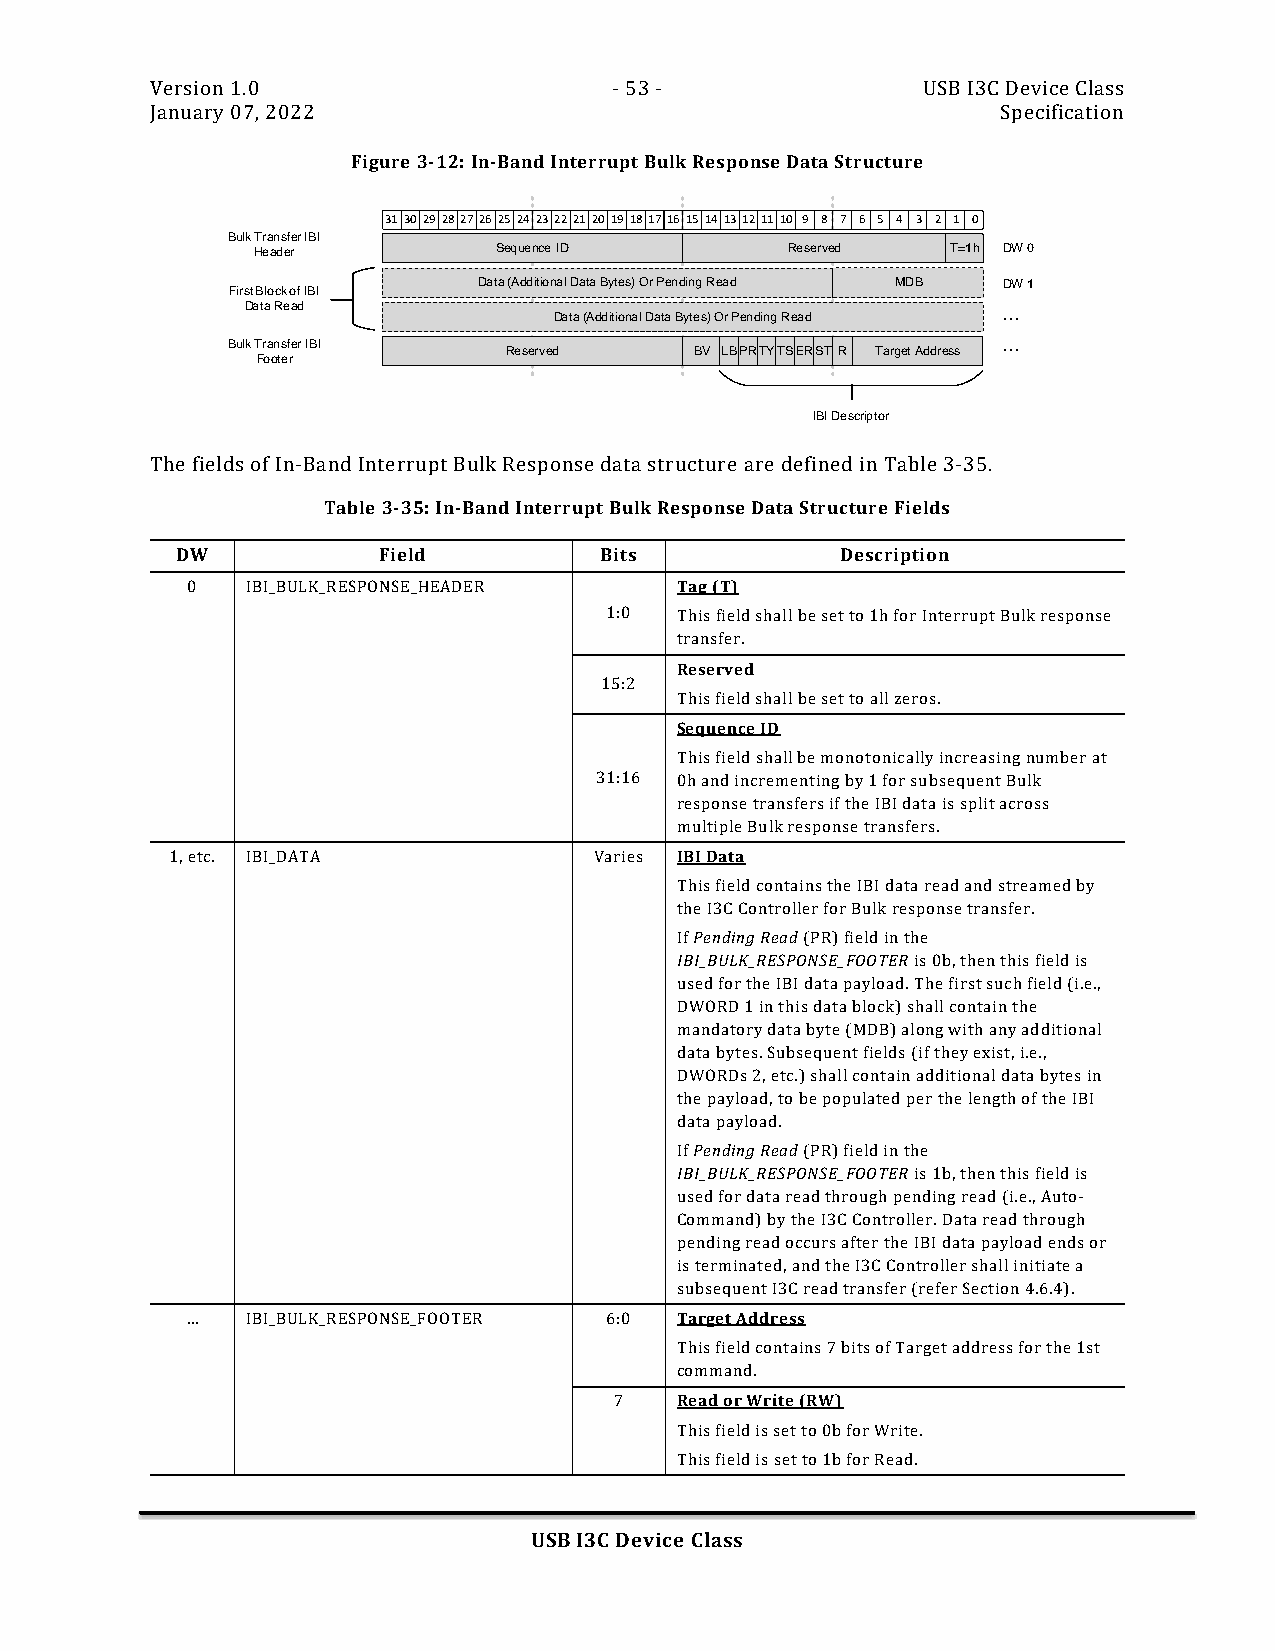
Version 1.0                    - 53 -              USB I3C Device Class
 January 07, 2022                                        Specification
 Figure 3-12: In-Band Interrupt Bulk Response Data Structure
 31302928272625242322212019181716151413121110 9 8 7 6 5 4 3 2 1 0
 Bulk Transfer IBI
 Header          Sequence ID        Reserved   T=1h DW 0
 Data (Additional Data Bytes) Or Pending Read MDB DW 1
 First Block of IBI
 Data Read                                         ...
 Data (Additional Data Bytes) Or Pending Read
 Bulk Transfer IBI                                  ...
 Reserved     BV LBPRTYTSERST R Target Address
 Footer
 IBI Descriptor
 The fields of In-Band Interrupt Bulk Response data structure are defined in Table 3-35.
 Table 3-35: In-Band Interrupt Bulk Response Data Structure Fields
 DW           Field          Bits            Description
 0   IBI_BULK_RESPONSE_HEADER     Tag (T)
 1:0  This field shall be set to 1h for Interrupt Bulk response
 transfer.
 Reserved
 15:2
 This field shall be set to all zeros.
 Sequence ID
 This field shall be monotonically increasing number at
 31:16 0h and incrementing by 1 for subsequent Bulk
 response transfers if the IBI data is split across
 multiple Bulk response transfers.
 1, etc. IBI_DATA            Varies IBI Data
 This field contains the IBI data read and streamed by
 the I3C Controller for Bulk response transfer.
 If Pending Read (PR) field in the
 IBI_BULK_RESPONSE_FOOTER is 0b, then this field is
 used for the IBI data payload. The first such field (i.e.,
 DWORD 1 in this data block) shall contain the
 mandatory data byte (MDB) along with any additional
 data bytes. Subsequent fields (if they exist, i.e.,
 DWORDs 2, etc.) shall contain additional data bytes in
 the payload, to be populated per the length of the IBI
 data payload.
 If Pending Read (PR) field in the
 IBI_BULK_RESPONSE_FOOTER is 1b, then this field is
 used for data read through pending read (i.e., Auto-
 Command) by the I3C Controller. Data read through
 pending read occurs after the IBI data payload ends or
 is terminated, and the I3C Controller shall initiate a
 subsequent I3C read transfer (refer Section 4.6.4).
 …   IBI_BULK_RESPONSE_FOOTER 6:0 Target Address
 This field contains 7 bits of Target address for the 1st
 command.
 7   Read or Write (RW)
 This field is set to 0b for Write.
 This field is set to 1b for Read.
 USB I3C Device Class